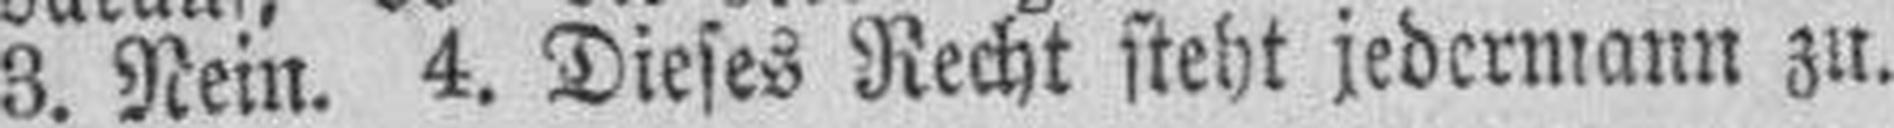
3. Nein. 4. Dieses Recht steht jedermann zu.